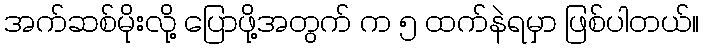
အက်ဆစ်မိုးလို့ ပြောဖို့အတွက် က ၅ ထက်နဲရမှာ ဖြစ်ပါတယ်။